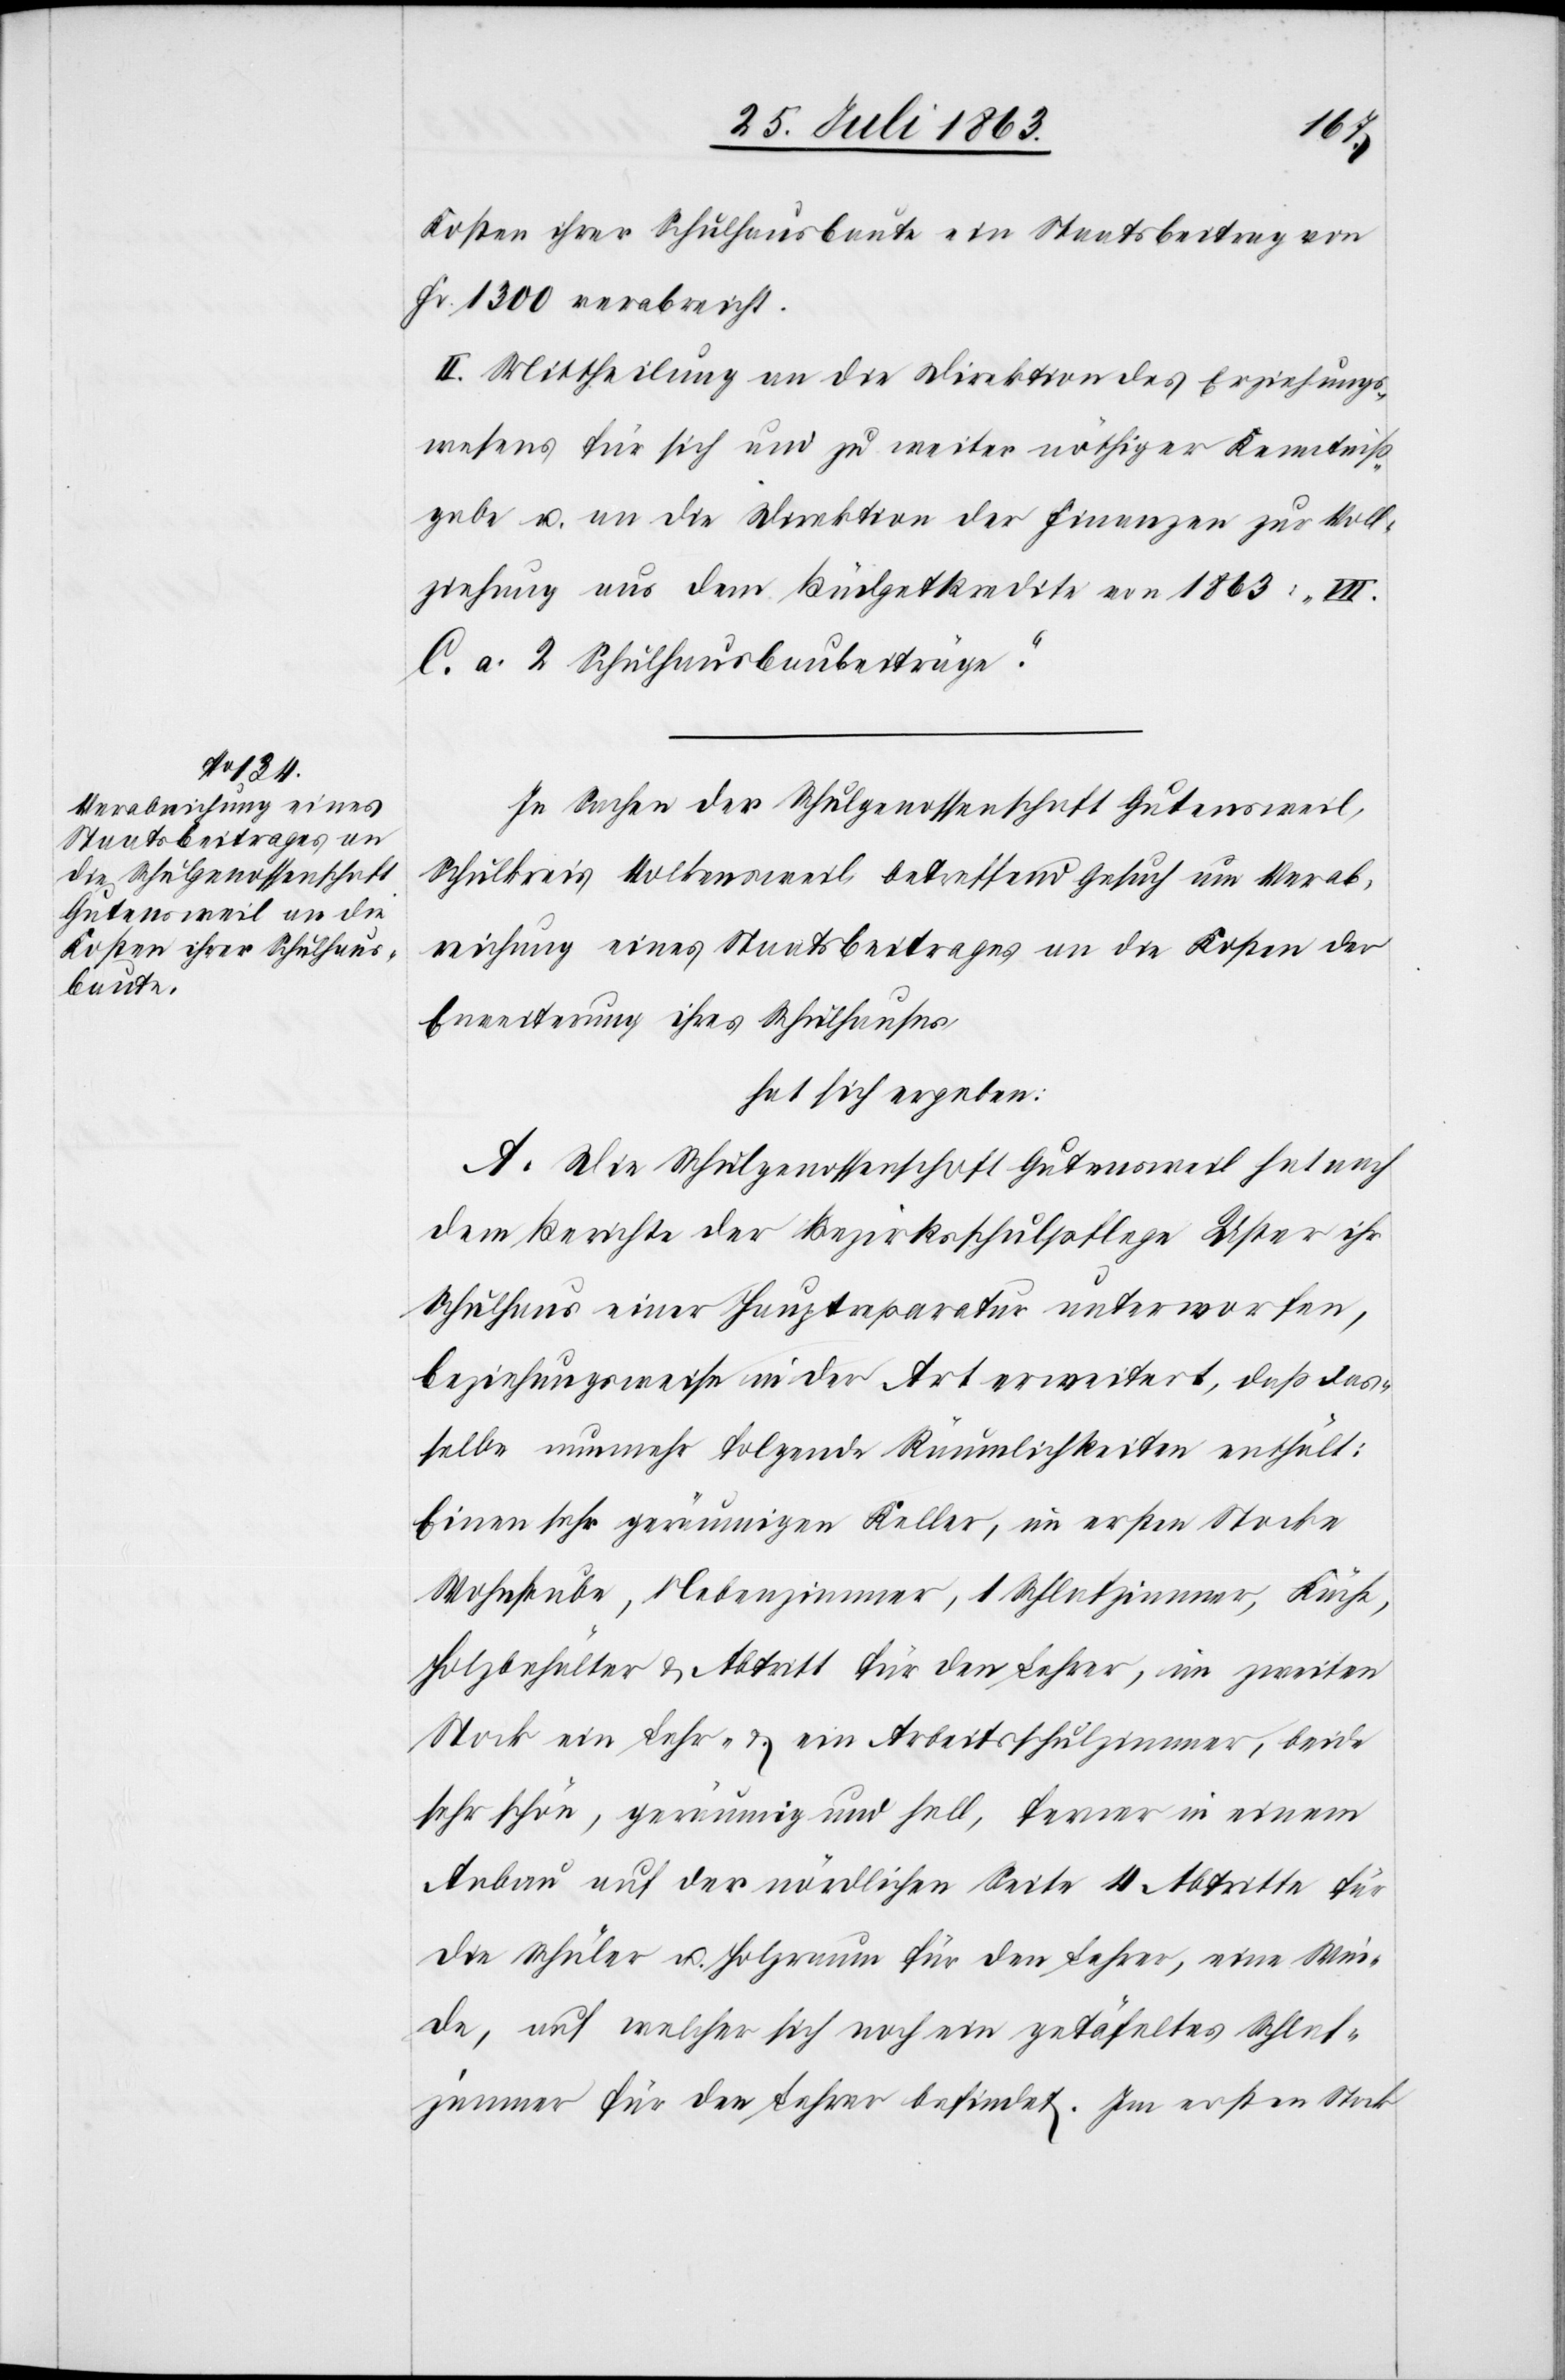
Kosten ihrer Schulhausbaute ein Staatsbeitrag von
Fr. 1300 verabreicht.
II. Mittheilung an die Direktion des Erziehungs¬
wesens für sich und zu weiter nöthiger Kenntniß¬
gabe u. an die Direktion der Finanzen, zur Voll¬
ziehung aus dem Büdgetkredite von 1863: „VII.
C. a. 2 Schulhausbaubeiträge”.
In Sachen der Schulgenossenschaft Gutensweil,
Schulkreis Volkensweil betreffend Gesuch um Verab¬
reichung eines Staatsbeitrages an die Kosten der
Erweiterung ihres Schulhauses
hat sich ergeben:
A. Die Schulgenossenschaft Gutensweil hat nach
dem Berichte der Bezirksschulpflege Uster ihr
Schulhaus einer Hauptreparatur unterworfen,
beziehungsweise in der Art erweitert, daß das¬
selbe nunmehr folgende Räumlichkeiten enthält:
Einen sehr geräumigen Keller, im ersten Stocke
Wohnstube, Nebenzimmer, 1 Schlafzimmer, Küche,
Holzbehälter & Abtritt für den Lehrer, im zweiten
Stock ein Lehr- & ein Arbeitsschulzimmer, beide
sehr schön, geräumig und hell, ferner in einem
Anbau auf der nördlichen Seite 4 Abtritte für
die Schüler u. Holzraum für den Lehrer, eine Wei¬
de, auf welcher sich noch ein getäfeltes Schlaf¬
zimmer für den Lehrer befindet. Im ersten Stock